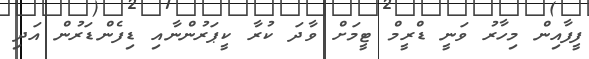
ފީފާއިން މިހާރު ވަނީ ޑްރީމް ޓީމަށް ވާދަ ކުރާ ކީޕަރުންނާއި ޑިފެންޑަރުން އަދި